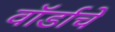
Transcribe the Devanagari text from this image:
वॉर्डाचे